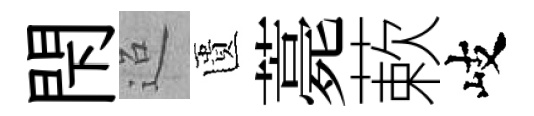
閇迢匱薧蔌岐